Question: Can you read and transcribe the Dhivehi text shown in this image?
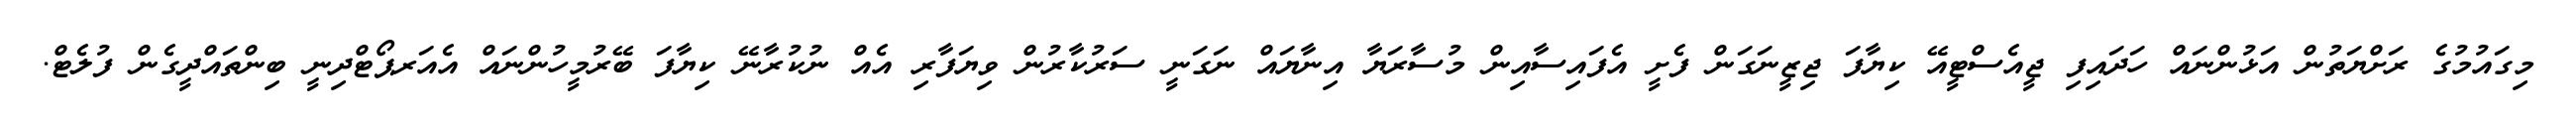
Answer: މިގައުމުގެ ރަށްޔަތުން އަޅުންނައް ހަދައިފި ޖީއެސްޓީއޭ ކިޔާފަ ޖިޒީނަގަން ފެށީ އެފައިސާއިން މުސާރަޔާ އިނާޔައް ނަގަނީ ސަރުކާރުން ވިޔަފާރި އެއް ނުކުރާނޭ ކިޔާފަ ބޭރުމީހުންނައް އެއަރޕޯޓްދިނީ ބިންތައްދީގެން ފުލެޓް.